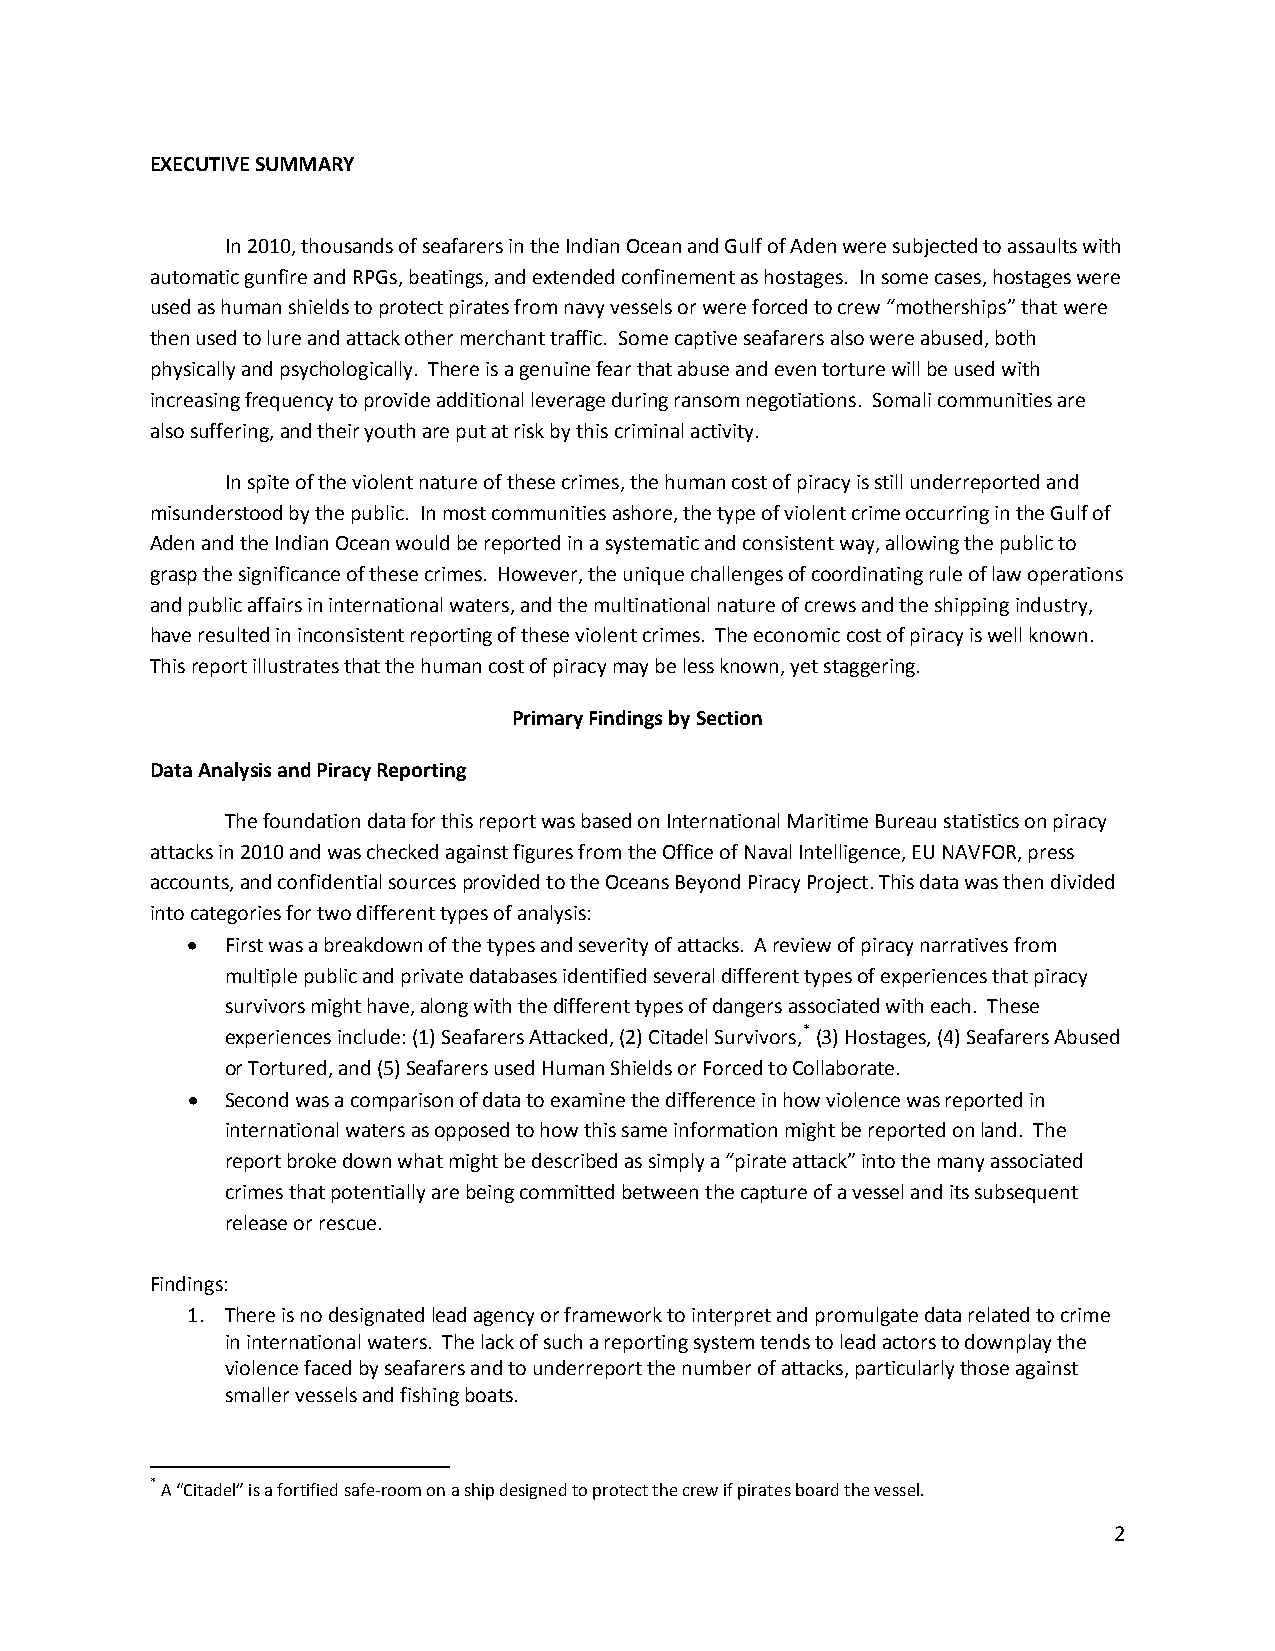
EXECUTIVE SUMMARY
 In 2010, thousands of seafarers in the Indian Ocean and Gulf of Aden were subjected to assaults with
 automatic gunfire and RPGs, beatings, and extended confinement as hostages. In some cases, hostages were
 used as human shields to protect pirates from navy vessels or were forced to crew “motherships” that were
 then used to lure and attack other merchant traffic. Some captive seafarers also were abused, both
 physically and psychologically. There is a genuine fear that abuse and even torture will be used with
 increasing frequency to provide additional leverage during ransom negotiations. Somali communities are
 also suffering, and their youth are put at risk by this criminal activity.
 In spite of the violent nature of these crimes, the human cost of piracy is still underreported and
 misunderstood by the public. In most communities ashore, the type of violent crime occurring in the Gulf of
 Aden and the Indian Ocean would be reported in a systematic and consistent way, allowing the public to
 grasp the significance of these crimes. However, the unique challenges of coordinating rule of law operations
 and public affairs in international waters, and the multinational nature of crews and the shipping industry,
 have resulted in inconsistent reporting of these violent crimes. The economic cost of piracy is well known.
 This report illustrates that the human cost of piracy may be less known, yet staggering.
 Primary Findings by Section
 Data Analysis and Piracy Reporting
 The foundation data for this report was based on International Maritime Bureau statistics on piracy
 attacks in 2010 and was checked against figures from the Office of Naval Intelligence, EU NAVFOR, press
 accounts, and confidential sources provided to the Oceans Beyond Piracy Project. This data was then divided
 into categories for two different types of analysis:
 •  First was a breakdown of the types and severity of attacks. A review of piracy narratives from
 multiple public and private databases identified several different types of experiences that piracy
 survivors might have, along with the different types of dangers associated with each. These
 experiences include: (1) Seafarers Attacked, (2) Citadel Survivors,* (3) Hostages, (4) Seafarers Abused
 or Tortured, and (5) Seafarers used Human Shields or Forced to Collaborate.
 •  Second was a comparison of data to examine the difference in how violence was reported in
 international waters as opposed to how this same information might be reported on land. The
 report broke down what might be described as simply a “pirate attack” into the many associated
 crimes that potentially are being committed between the capture of a vessel and its subsequent
 release or rescue.
 Findings:
 1. There is no designated lead agency or framework to interpret and promulgate data related to crime
 in international waters. The lack of such a reporting system tends to lead actors to downplay the
 violence faced by seafarers and to underreport the number of attacks, particularly those against
 smaller vessels and fishing boats.
 * A “Citadel” is a fortified safe-room on a ship designed to protect the crew if pirates board the vessel.
 2